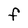
Character: F